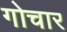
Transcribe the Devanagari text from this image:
गोचार